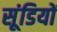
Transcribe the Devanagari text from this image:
सूंडियों